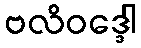
ဗလိဝဒ္ဒေါ